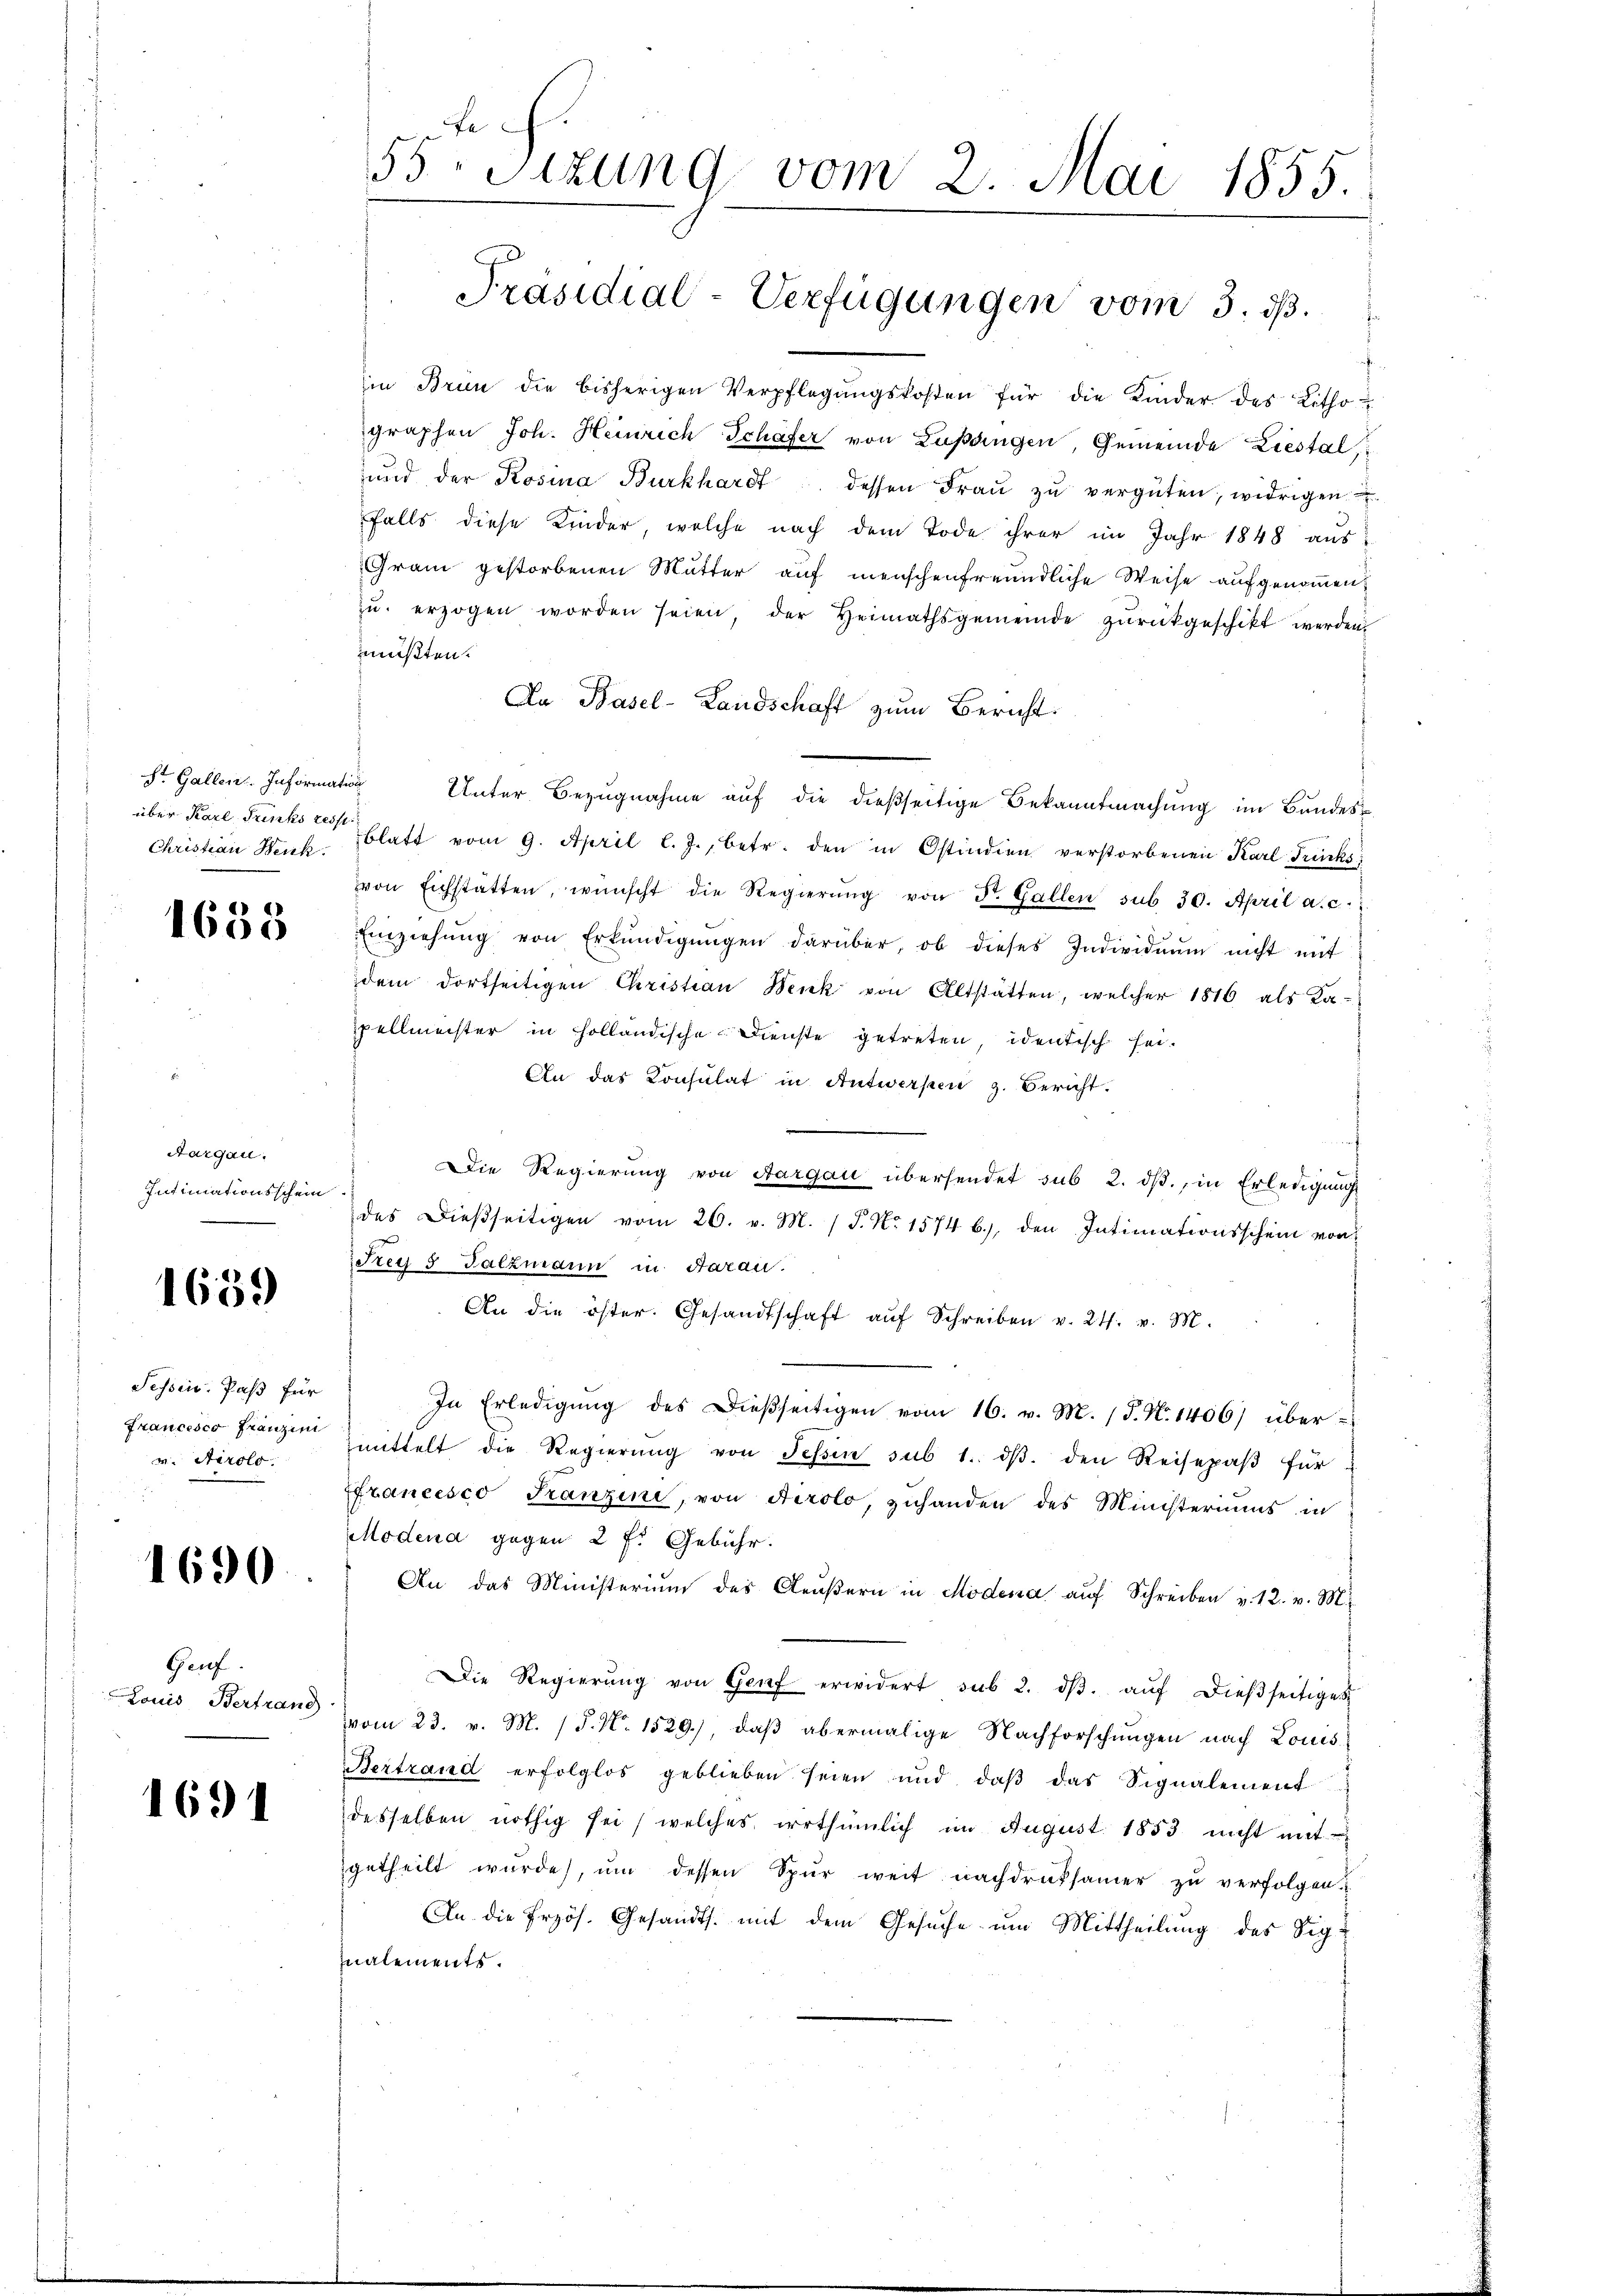
Christian Henk.

1658

Aargau.
Intimationsschein

1659

Tessin: Paß für
Francesco Franzini
v. Airolo.

1690.

Gauf.
Louis Bertrand

1691

n

e
55 Sizung vom 2. Mai 1855.

Präsidial-Verfügungen vom 3. dß.

in Brun die bisherigen Verpflegŭngskosten für die Kinder des Lithographen Joh. Heinrich Schäfer von Zupsingen, Gemeinde Liestal,
und der Rosina Burkhardt dessen Fraŭ zŭ vergüten, widrigen
falls diese Kinder, welche nach dem Tode ihrer im Jahr 1848 aus-
Gram gestorbenen Mutter auf menschenfreundliche Weise aufgenommen
zŭ. erzogen worden seien, der Heimathsgemeinde zŭrückgeschikt werden.
müßten.
An Basel-Landschaft zum Bericht
St. Gallen Informatin Unter Bezŭgnahme aŭf die dießseitige Bekanntmachung im Bandes
über Karl Tunks des Blatt vom 9. April l. J., betr. den in Ostindien verstorbenen Karl Fricks
von Eichstatten, wünscht die Regierŭng von Dr. Gallen sub 30. April a. c.
Einziehŭng von Erkŭndigŭngen darüber, ob dieses Individuum nicht mit
dem dortseitigen Christian Wenk von Altstätten, welcher 1816 als Ka-
pellmeister in holländische Dienste getreten, identisch sei¬
An das Konsulat in Antworfen z. Bericht.
Die Regierung von Aargau übersendet sub 2. dβ., in Erledigung
t
des Dießseitigen vom 26. v. M. (T. No 1574 b.), den Intimationsschein von
Frey 5 Falzmann in Aarau
An die öster. Gesandtschaft aŭf Schreiben v. 24. v. M.
In Erledigŭng des Dießseitigen vom 16. v. M. (T. N. 1406) über
mittelt die Regierŭng von Tessin sub 1. dβ. den Reisepaβ für
francesco Franzini, von Airolo, zuhanden des Ministeriums in
Modena gegen 2 f: Gebühr.
An das Ministerium des Gleŭβern in Modena aŭf Schreiben v. 12. v. M.
Die Regierŭng von Genf erwidert sub 2. dβ aŭf dießseitiges
vom 23. v. M. / 5. No. 1529), daβ abermalige Nachforschungen nach Louis
Bertrand erfolglos geblieben seien und daβ das Signalement
desselben nöthig sei, welches irrthümlich im August 1853 nicht mit
getheilt wŭrde, ŭm dessen Spür weit nachdruksamer zŭ verfolgen.
An die frzös. Gesandts. mit dem Gesuche um Mittheilung des Signalements.